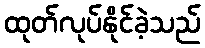
ထုတ်လုပ်နိုင်ခဲ့သည်